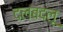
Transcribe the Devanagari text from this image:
दलबदलू